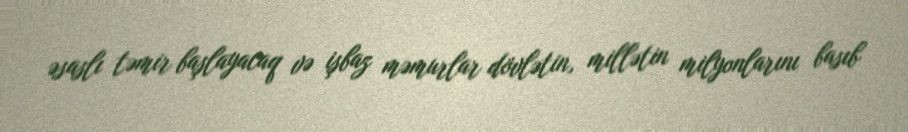
əsaslı təmir başlayacaq və işbaz məmurlar dövlətin, millətin milyonlarını basıb